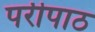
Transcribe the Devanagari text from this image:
परीपाठ